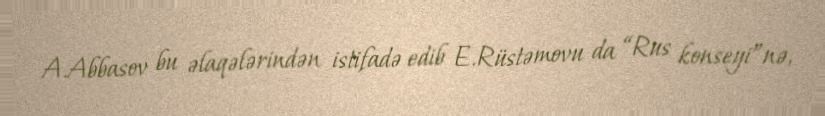
A.Abbasov bu əlaqələrindən istifadə edib E.Rüstəmovu da “Rus konseyi”nə,